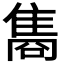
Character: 𮥼